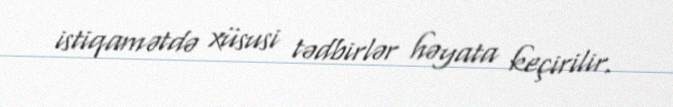
istiqamətdə xüsusi tədbirlər həyata keçirilir.